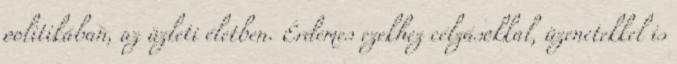
politikában, az üzleti életben. Érdemes ezekhez célzásokkal, üzenetekkel is